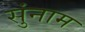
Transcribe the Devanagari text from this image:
सुंनाम